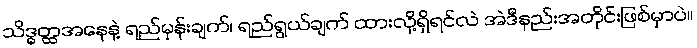
သိဒ္ဓတ္ထအနေနဲ့ ရည်မှန်းချက်၊ ရည်ရွယ်ချက် ထားလို့ရှိရင်လဲ အဲဒီနည်းအတိုင်းဖြစ်မှာပဲ။